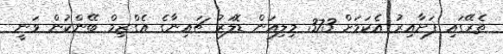
ތެރޭގައި ފަށާއިރު އެކަމަށް 373 މިލިއަން ޑޮލަރު ޗައިނާގެ އެގްޒިމް ބޭންކުން ވަނީ